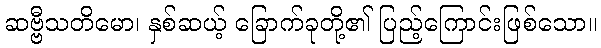
ဆဗ္ဗီသတိမော၊ နှစ်ဆယ့် ခြောက်ခုတို့၏ ပြည့်ကြောင်းဖြစ်သော။